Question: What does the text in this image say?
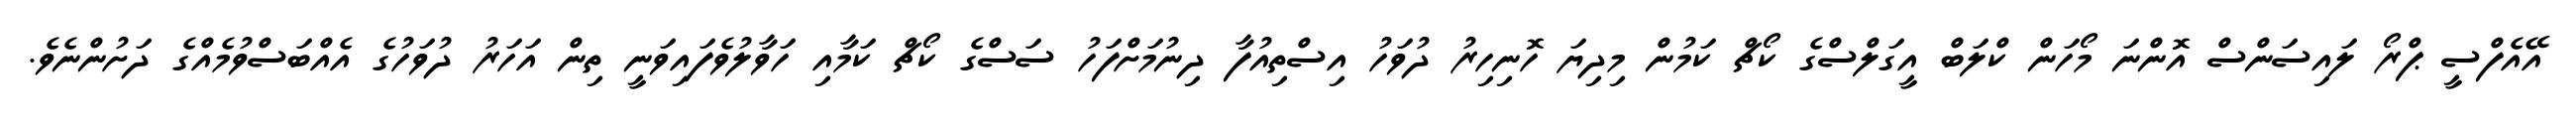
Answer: އޭއެފްސީ ޕްރޯ ލައިސަންސް އޮންނަ މޯހަން ކްލަބް އީގަލްސްގެ ކޯޗް ކަމުން މިދިޔަ ހޮނިހިރު ދުވަހު އިސްތިއުފާ ދިނުމަށްފަހު ސަސްގެ ކޯޗް ކަމާއި ހަވާލުވެފައިވަނީ ތިން އަހަރު ދުވަހުގެ އެއްބަސްވުމެއްގެ ދަށުންނެވެ.